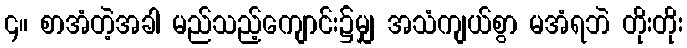
၄။ စာအံတဲ့အခါ မည်သည့်ကျောင်း၌မျှ အသံကျယ်စွာ မအံရဘဲ တိုးတိုး